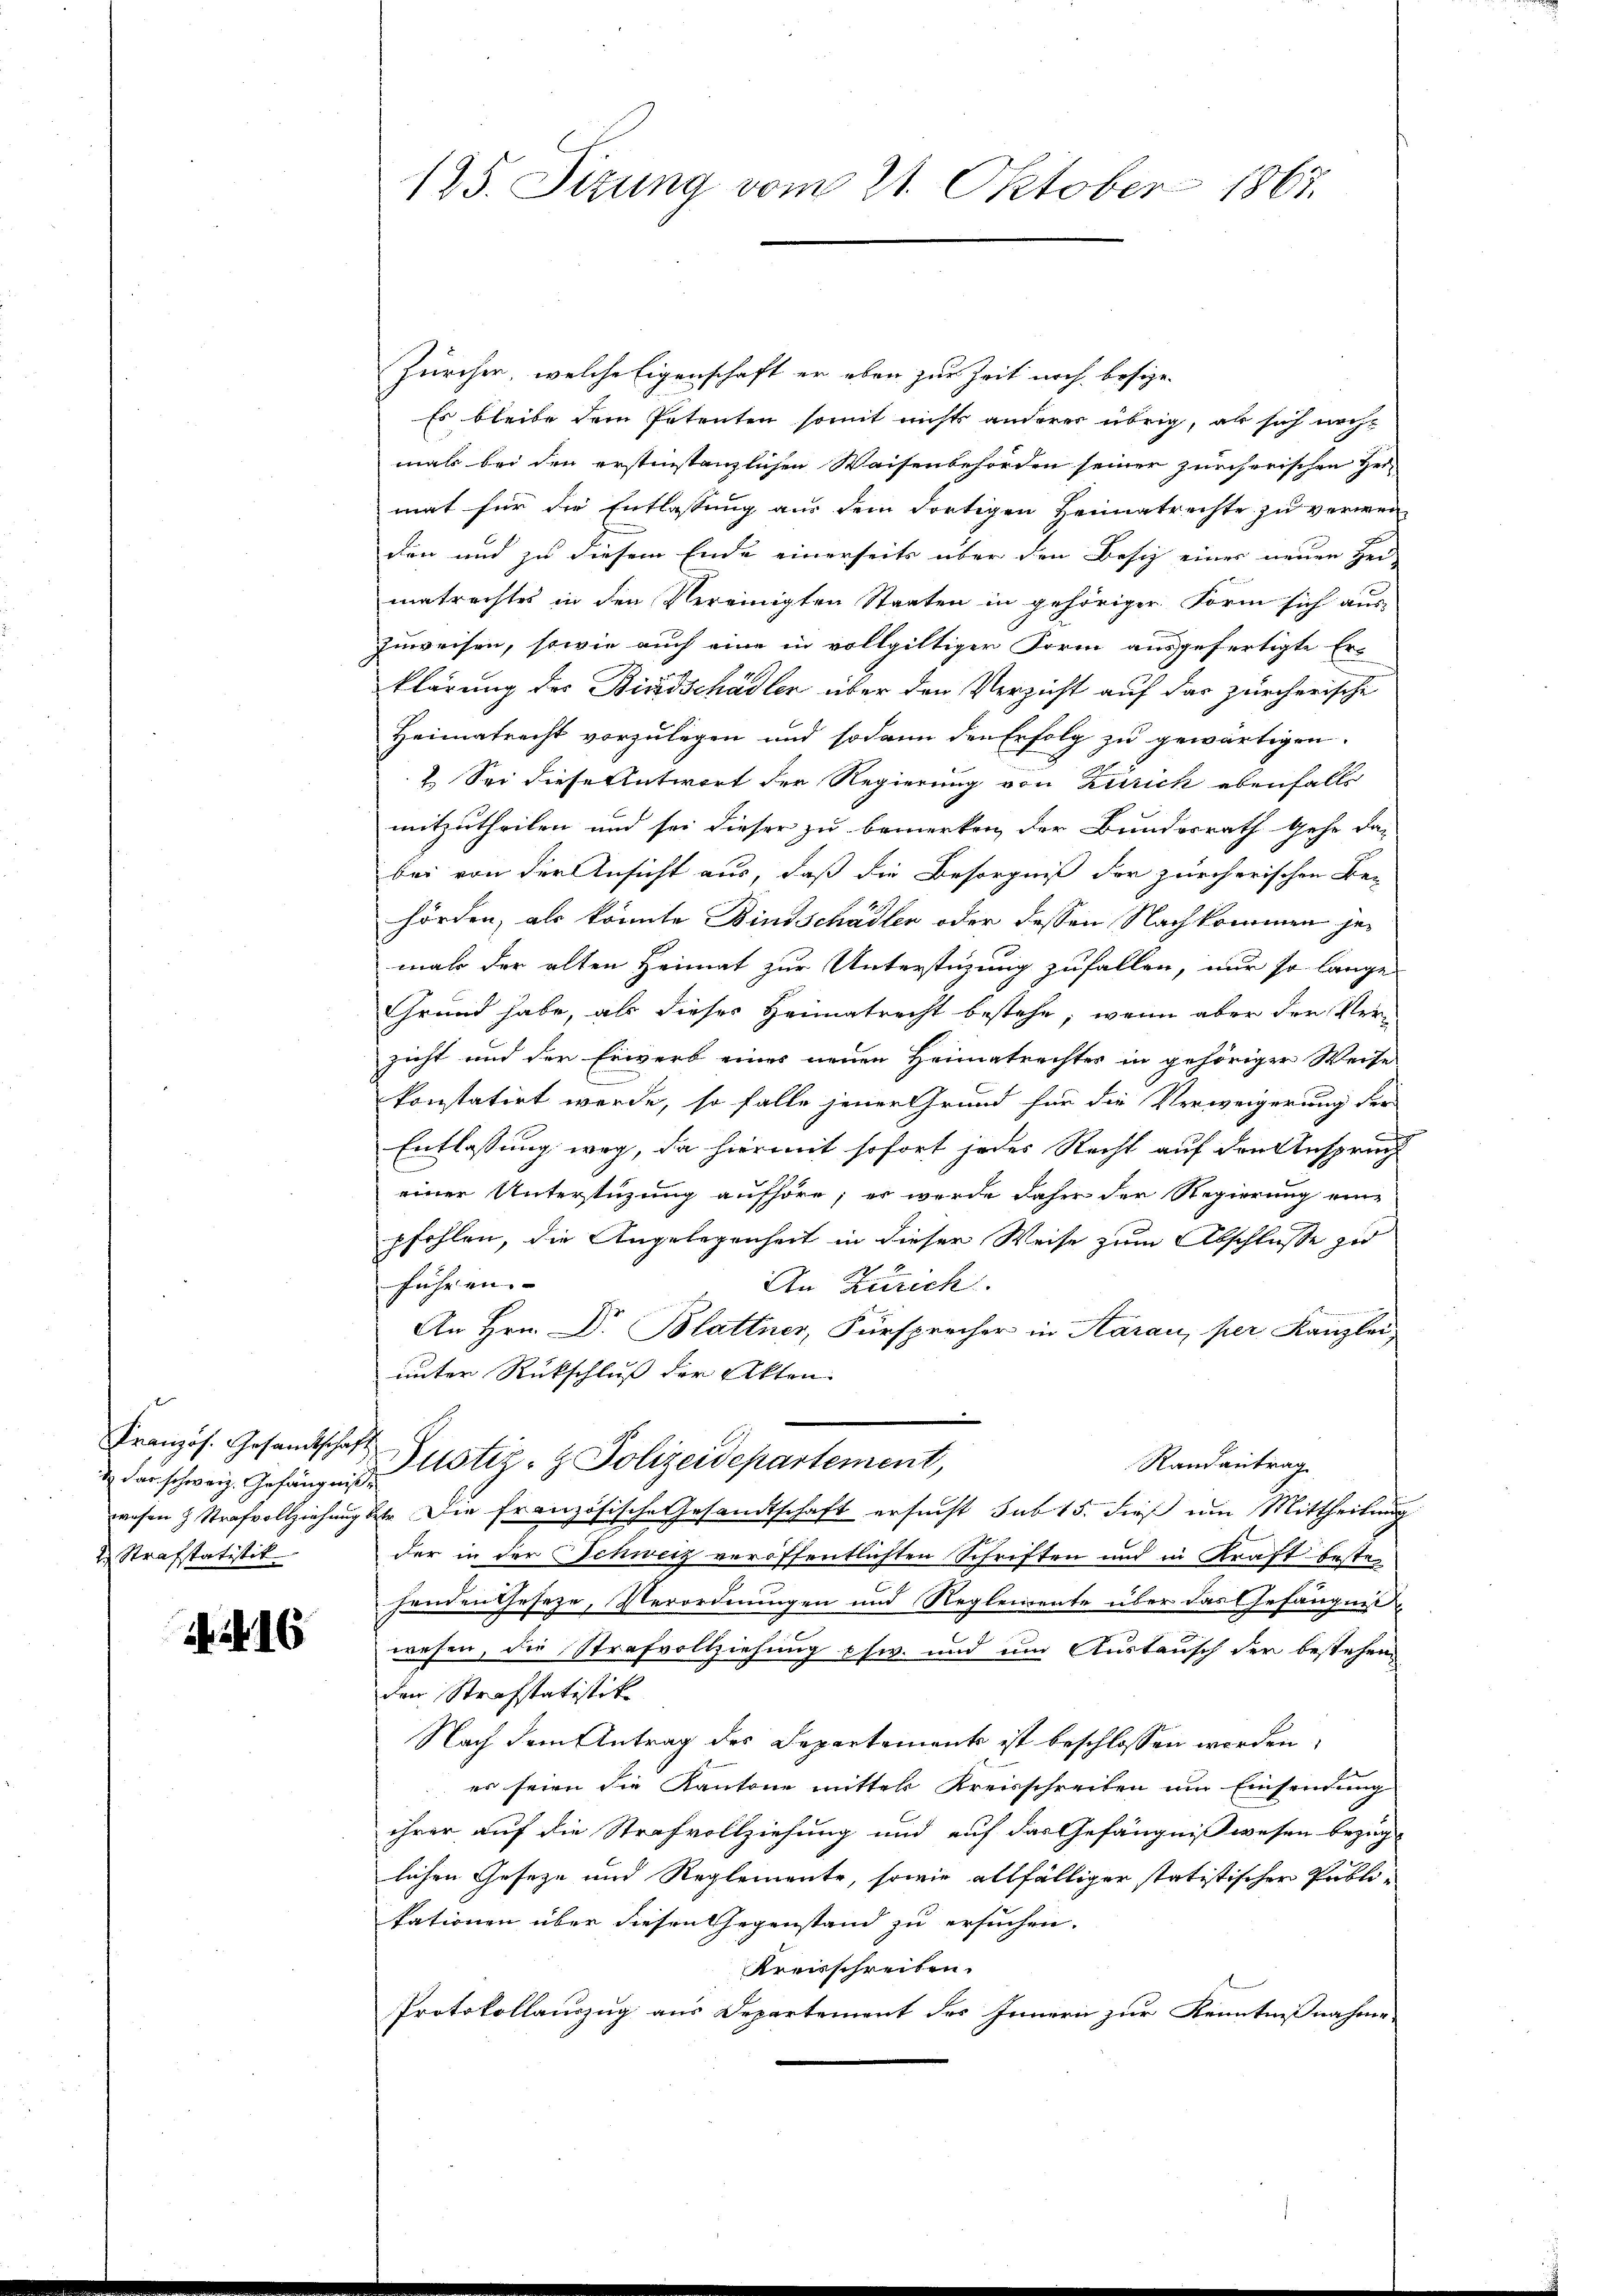
Französ. Gesandtschaft
& das schweiz. Gefängnisse
wesen & Strafvollziehung be
2. Strafstatistik

A. 2. 16

125. Sizung vom 21. Oktober 1867.

Zürcher, welche Eigenschaft er eben zur Zeit noch besize
Es bleibe dem Petenten somit nichts anderer übrig, als sich nicht
mals bei den erstinstanzlichen Waisenbehörden seiner zürchorischen Hei-
mat für die Entlassung aus dem dortigen Heimatrechte zu verwenden und zu diesem Ende einerseits über den Besich einer neuen Her
matrechtes in den Vereinigten Staaten in gehöriger Form sich aus-
zuweisen, sowie auch eine in vollgültiger Form ausgefertigte Erklärung des Bindschädler über den Verzicht auf das zürcherische
Heimatrecht vorzulegen und sodann den Erfolg zu gewärtigen.
2. Sei diese Antwort der Regierung von Zürich ebenfalls
mitzutheilen und sei dieser zu bemerken der Bundesrath gehe das
bei von der Ansicht aus, daß die Besorgniß der zürcherischen Be-
hörden, als könnte Bindschädler oder dessen Nachkommen jemal der alten Heimat zur Unterstüzung zufallen, nur so lange
Grund habe, als dieses Heimatrecht bestehe, wenn aber der Verzicht und der Erwerb eines neuen Heimatrechtes in gehöriger Weise
konstatirt werde, so falle jener Grund für die Verweigerung der
Entlassung weg, da hiermit sofort jedes Recht auf den Anspruch
einer Unterstüzung aufhöre; er werde daher der Regierung eine
pfehlen, die Angelegenheit in dieser Weise zum Abschlusse zu
führen. |
An Zürich
An Hrn. Dr. Blattner, Fürsprecher in Aarau, per Kanzlei
unter Rückschluß der Akten
i
Justiz- & Polizeidepartement,
Randantrag
2 Die französische Gesandtschaft ersucht sub 15. dieß um Mittheilung
der in der Schweiz veröffentlichten Schriften und in Kraft bestehenden Geseze, Verordnungen und Reglemente über das Gefängniswesen, die Strafvollziehung esw. und um Austausch der bestehen
den Strafstatistik
Nach dem Antrag des Departemente ist beschlossen worden,
es seien die Kantone mittel Kreisschreiben um Einsendung
ihrer auf die Strafvollziehung und auf das Gefängnißwesen bezug
lichen Geseze und Reglemente, sowie allfälliger statistischer Publikationen über diesen Gegenstand zu ersuchen.
Kreisschreiben.
Protokollauszug aus Departement des Innern zur Kenntnißnahme